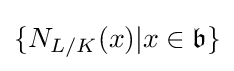
\{N_{L/K}(x)|x\in {\mathfrak {b}}\}